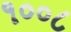
૧૦૦૮